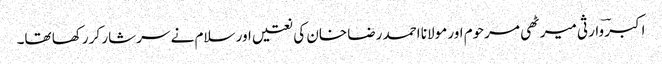
اکبر ؔوارثی میرٹھی مرحوم اور مولانا احمد رضا خان کی نعتیں اور سلام نے سرشار کر رکھا تھا۔